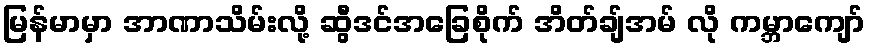
မြန်မာမှာ အာဏာသိမ်းလို့ ဆွီဒင်အခြေစိုက် အိတ်ချ်အမ် လို ကမ္ဘာကျော်